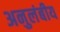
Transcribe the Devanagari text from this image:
अनुलंबीय